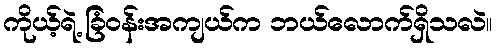
ကိုယ့်ရဲ့ ခြံဝန်းအကျယ်က ဘယ်လောက်ရှိသလဲ။